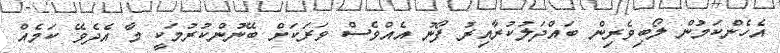
އެހެންކަމުން ލޯބިވެރިން ބައްދަލުކުރާއިރު ފޯނު އެއްވެސް ވަރަކަށް ބޭނުންކުރުމަކީ މާ އެދެވޭ ކަމެއް